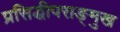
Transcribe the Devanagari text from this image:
प्रसिद्धीपराङ्‌मुख